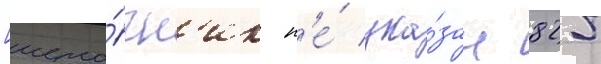
[исто́чн'ик н'е́ ука́зан 825